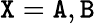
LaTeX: {\tt X}={{\tt A}},{{\tt B}}